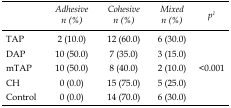
<table><thead><tr><td></td><td><b>Adhesive n (%)</b></td><td><b>Cohesive n (%)</b></td><td><b>Mixed n (%)</b></td><td><b>p<sup>1</sup></b></td></tr></thead><tbody><tr><td>TAP</td><td>2 (10.0)</td><td>12 (60.0)</td><td>6 (30.0)</td><td rowspan="5">&lt;0.001</td></tr><tr><td>DAP</td><td>10 (50.0)</td><td>7 (35.0)</td><td>3 (15.0)</td></tr><tr><td>mTAP</td><td>10 (50.0)</td><td>8 (40.0)</td><td>2 (10.0)</td></tr><tr><td>CH</td><td>0 (0.0)</td><td>15 (75.0)</td><td>5 (25.0)</td></tr><tr><td>Control</td><td>0 (0.0)</td><td>14 (70.0)</td><td>6 (30.0)</td></tr></tbody></table>